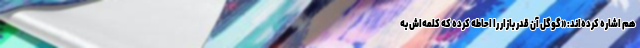
هم اشاره کرده‌اند: «گوگل آن قدر بازار را احاطه کرده که کلمه‌اش به